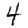
Digit: 4